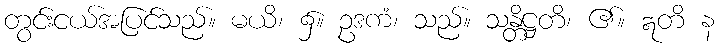
တွင်းငယ်အပြင်သည်။ မယိ၊ ၌။ ဥဒကံ၊ သည်။ သန္တိဋ္ဌတိ၊ ၏။ ဣတိ န